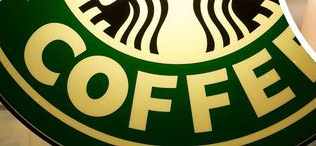
COFFE